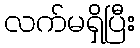
လက်မရှိပြီး